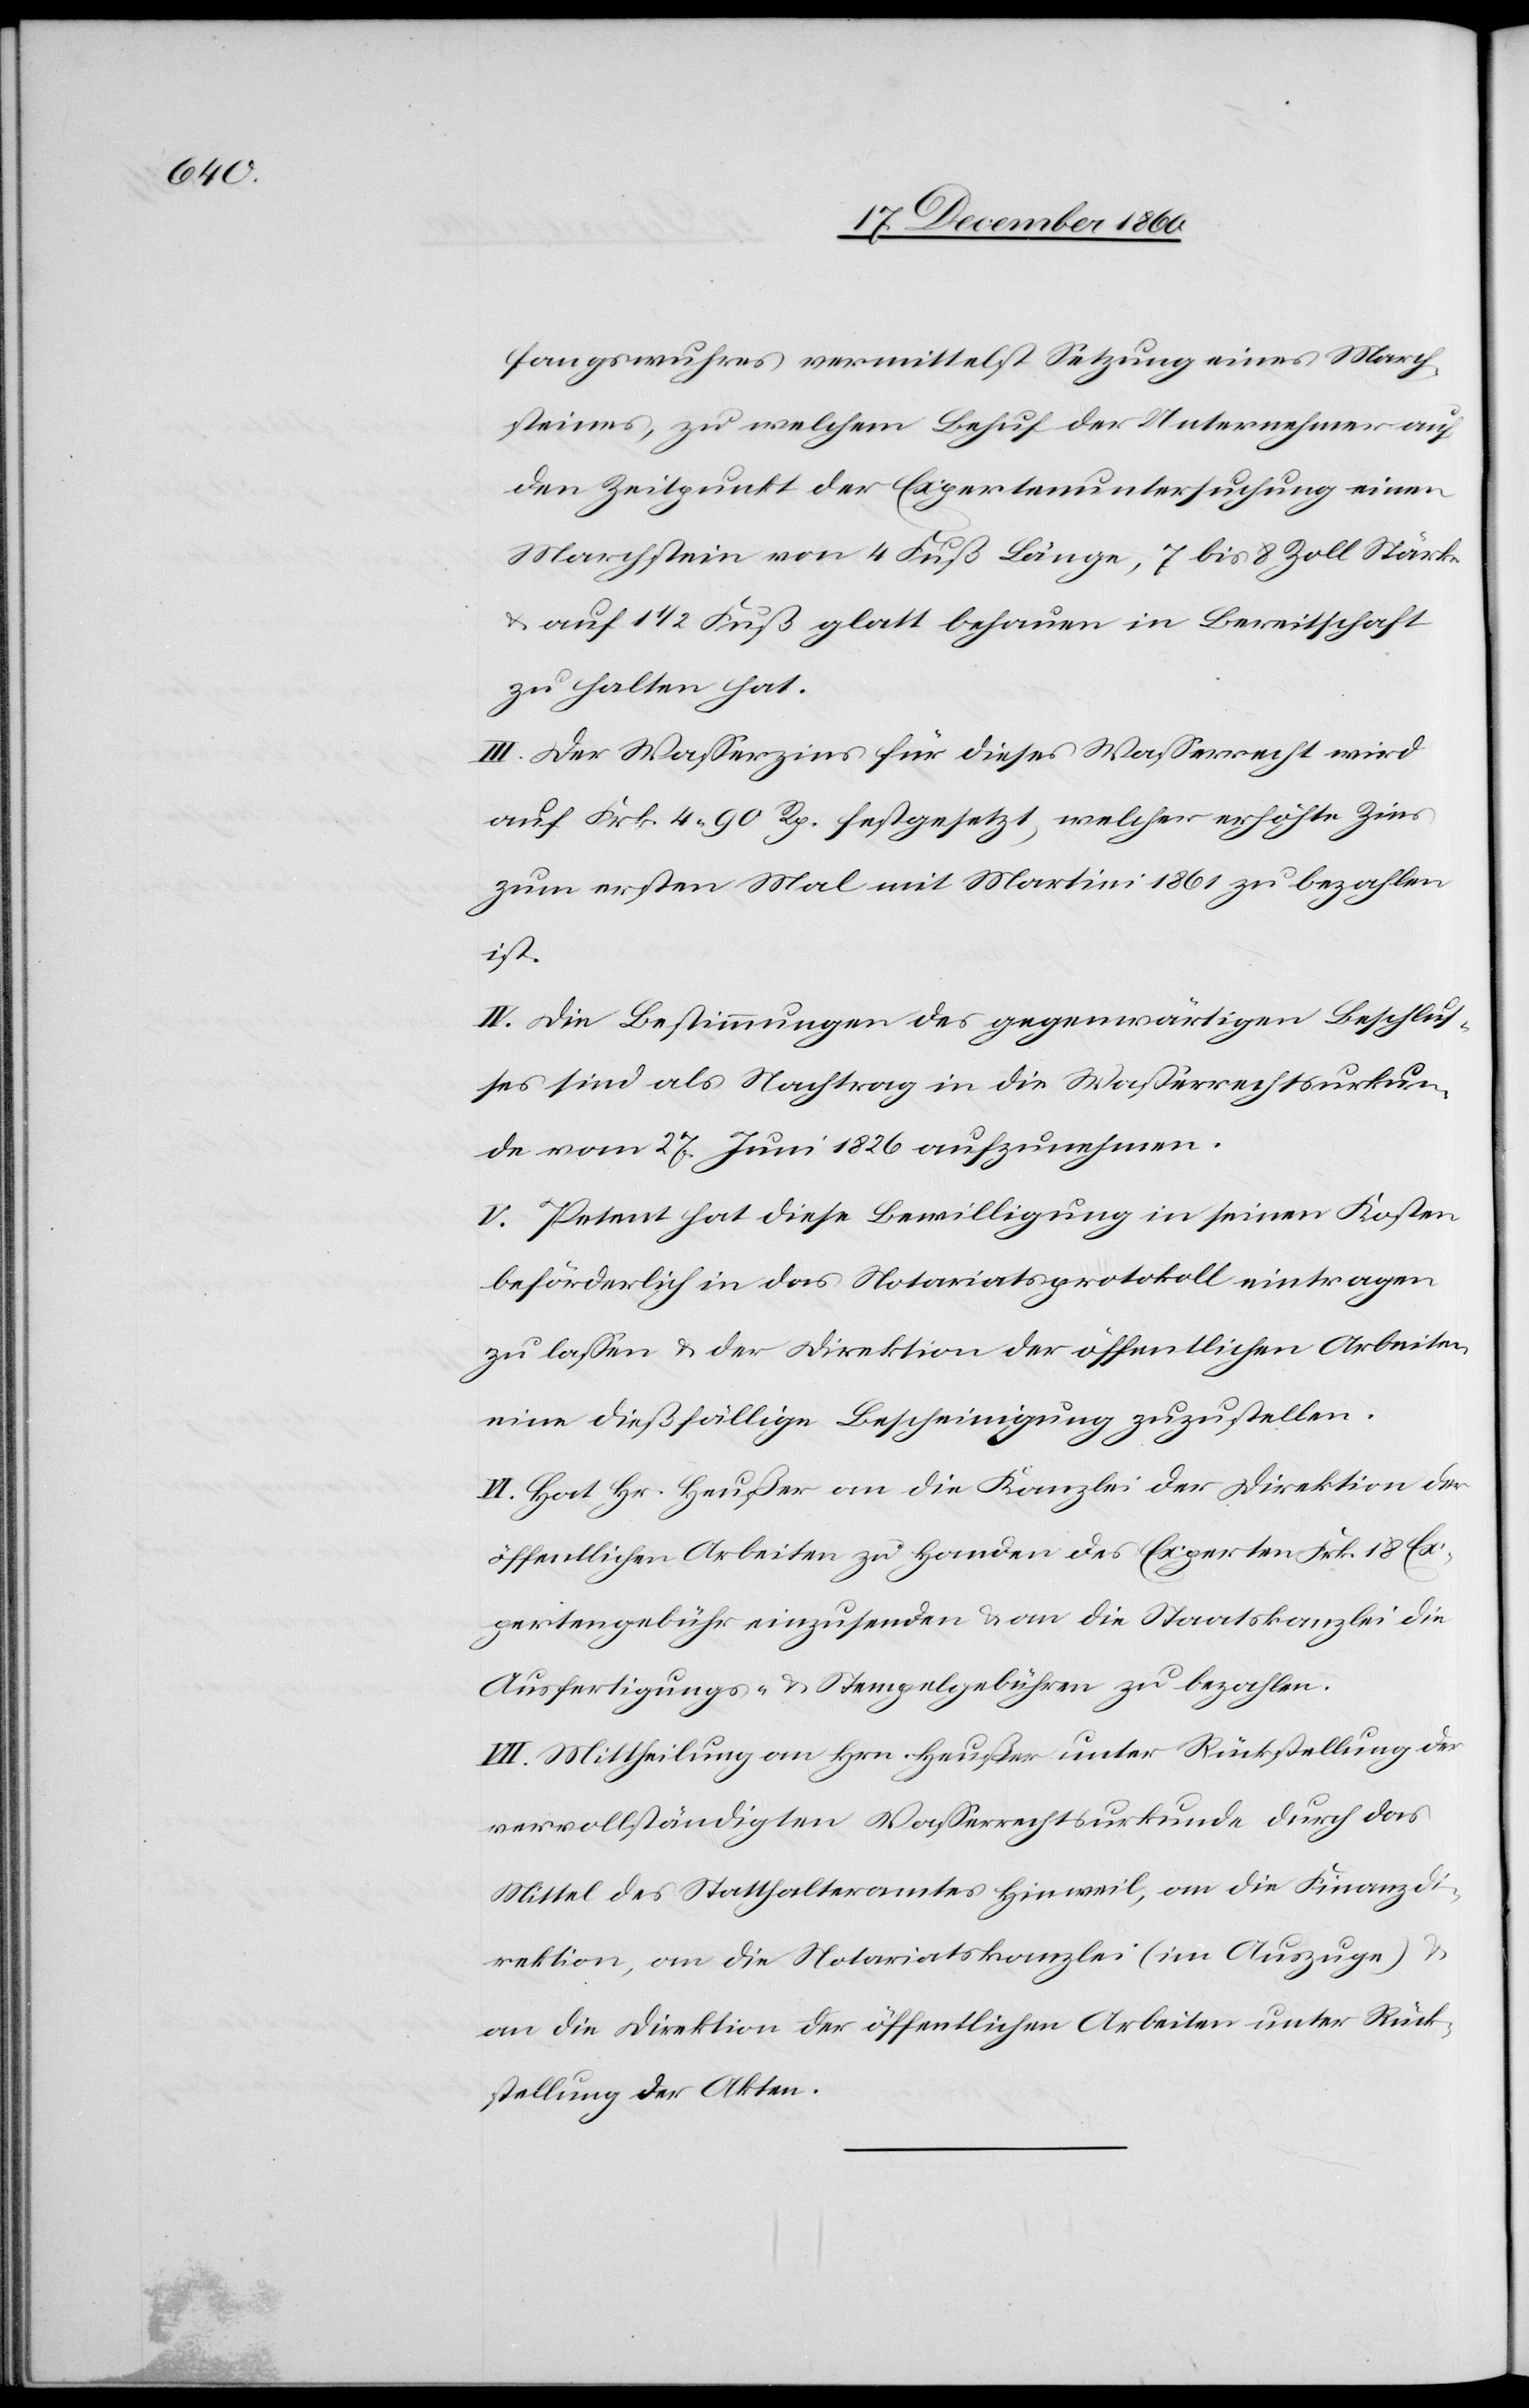
fangswurhes vermittelst Setzung eines March¬
steines, zu welchem Behuf der Unternehmer auf
den Zeitpunkt der Expertenuntersuchung einen
Marchstein von 4 Fuß Länge, 7 bis 8 Zoll Stärke
u. auf 1 1/2 Fuß glatt behauen in Bereitschaft
zu halten hat.
III. Der Wasserzins für dieses Wasserrecht wird
auf Frk. 4 90 Rp. festgesetzt, welcher erhöhte Zins
zum ersten Mal mit Martini 1861 zu bezahlen
ist.
IV. Die Bestimmungen des gegenwärtigen Beschlus¬
ses sind als Nachtrag in die Wasserrechtsurkun¬
de vom 27. Juni aufzunehmen.
V. Petent hat diese Bewilligung in seinen Kosten
beförderlich in das Notariatsprotokoll eintragen
zu lassen u. der Direktion der öffentlichen Arbeiten
eine dießfällige Bescheinigung zuzustellen.
VI. Hat Hr. Heußer an die Kanzlei der Direktion der
öffentlichen Arbeiten zu Handen des Experten Frk. 18 Ex¬
pertengebühren einzusenden u. an die Staatskanzlei die
Ausfertigungs- u. Stempelgebühren zu bezahlen.
VII. Mittheilung an Hrn. Heußer unter Rückstellung der
vervollständigten Wasserrechtsurkunde durch das
Mittel des Statthalteramtes Hinweil, an die Finanzdi¬
rektion, an die Notariatskanzlei (im Auszuge) u.
an die Direktion der öffentlichen Arbeiten unter Rück¬
stellung der Akten.